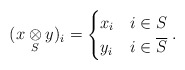
\begin{align*}(x\underset{S}{\otimes} y)_i = \begin{cases}x_i & i \in S\\y_i & i\in \overline{S}\end{cases}.\end{align*}